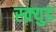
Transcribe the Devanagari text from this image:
स्क्र्युड